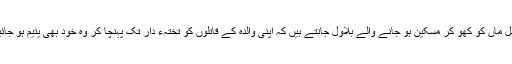
درراصل ماں کو کھو کر مسکین ہو جانے والے بلاول جانتے ہیں کہ اپنی والدہ کے قاتلوں کو تختہء دار تک پہنچا کر وہ خود بھی یتیم ہو جائیں گے۔